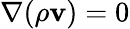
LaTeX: \nabla(\rho\mathbf{v})=0